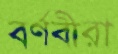
বর্ণবীরা